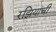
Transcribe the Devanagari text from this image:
रझियाची